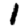
Digit: 1